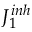
{ J _ { 1 } ^ { i n h } }